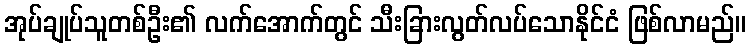
အုပ်ချုပ်သူတစ်ဦး၏ လက်အောက်တွင် သီးခြားလွတ်လပ်သောနိုင်ငံ ဖြစ်လာမည်။